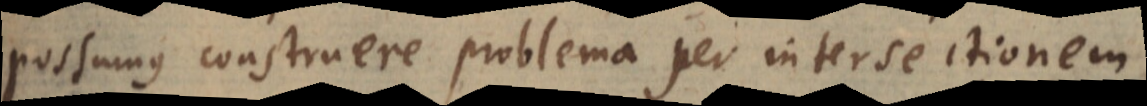
possumus construere problema per intersectionem